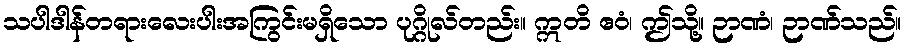
သပါဒါန်တရားလေးပါးအကြွင်းမရှိသော ပုဂ္ဂိုလ်တည်း။ ဣတိ ဧဝံ၊ ဤသို့။ ဉာဏံ၊ ဉာဏ်သည်။